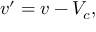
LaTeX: v ^ { \prime } = v - V _ { c } ,